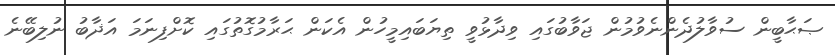
ޞަޙާބީން ސުވާލުދެންނެވުމުން ޖަވާބުގައި ވިދާޅުވީ ތިޔަބައިމީހުން އެކަން ޙަރާމުގޮތުގައި ކޮށްފިނަމަ އަޛާބު ނުލިބޭނެ